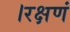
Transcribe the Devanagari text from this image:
।रक्षणं